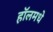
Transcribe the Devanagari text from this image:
हॉलमधे